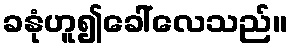
ခနုံဟူ၍ခေါ်လေသည်။